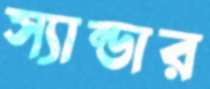
স্যান্ডার